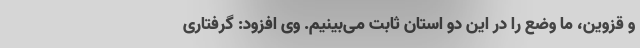
و قزوین، ما وضع را در این دو استان ثابت می‌بینیم. وی افزود: گرفتاری